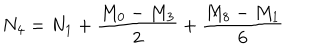
N _ { 4 } = N _ { 1 } + { \frac { M _ { 0 } - M _ { 3 } } { 2 } } + { \frac { M _ { 8 } - M _ { 1 } } { 6 } }